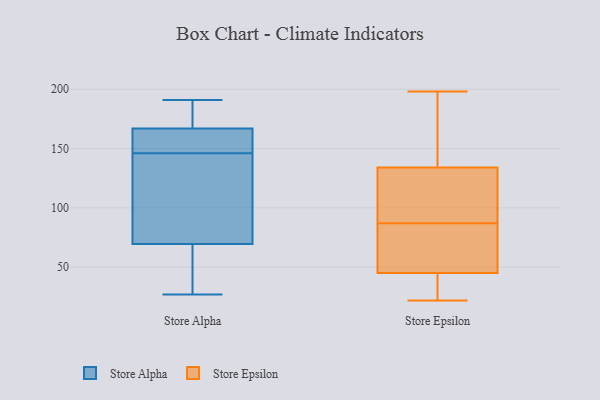
{"axis": {"x": "Net Income (USD K)", "y": "Value"}, "legend": ["Store Alpha", "Store Epsilon"], "data": [{"x": "", "y": 143, "type": "Store Alpha"}, {"x": "", "y": 100, "type": "Store Alpha"}, {"x": "", "y": 165, "type": "Store Alpha"}, {"x": "", "y": 146, "type": "Store Alpha"}, {"x": "", "y": 182, "type": "Store Alpha"}, {"x": "", "y": 65, "type": "Store Alpha"}, {"x": "", "y": 173, "type": "Store Alpha"}, {"x": "", "y": 43, "type": "Store Alpha"}, {"x": "", "y": 27, "type": "Store Alpha"}, {"x": "", "y": 191, "type": "Store Alpha"}, {"x": "", "y": 163, "type": "Store Alpha"}, {"x": "", "y": 71, "type": "Store Alpha"}, {"x": "", "y": 157, "type": "Store Alpha"}, {"x": "", "y": 22, "type": "Store Epsilon"}, {"x": "", "y": 143, "type": "Store Epsilon"}, {"x": "", "y": 46, "type": "Store Epsilon"}, {"x": "", "y": 157, "type": "Store Epsilon"}, {"x": "", "y": 51, "type": "Store Epsilon"}, {"x": "", "y": 44, "type": "Store Epsilon"}, {"x": "", "y": 167, "type": "Store Epsilon"}, {"x": "", "y": 41, "type": "Store Epsilon"}, {"x": "", "y": 86, "type": "Store Epsilon"}, {"x": "", "y": 49, "type": "Store Epsilon"}, {"x": "", "y": 29, "type": "Store Epsilon"}, {"x": "", "y": 111, "type": "Store Epsilon"}, {"x": "", "y": 88, "type": "Store Epsilon"}, {"x": "", "y": 122, "type": "Store Epsilon"}, {"x": "", "y": 198, "type": "Store Epsilon"}, {"x": "", "y": 125, "type": "Store Epsilon"}]}